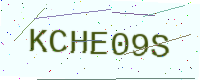
Text: KCHE09S